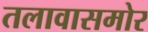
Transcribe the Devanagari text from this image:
तलावासमोर